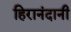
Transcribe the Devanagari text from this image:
हिरानंदानी